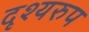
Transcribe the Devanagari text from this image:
दृश्यरुप